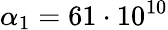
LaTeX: \alpha_{1}=61\cdot 10^{10}